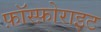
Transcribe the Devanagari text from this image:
फ़ॉस्फ़ोराइट